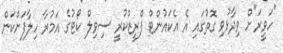
"ހަވީރަ"ށް ވިދާޅުވި ގޮތުގައި އެ އެކައުންޓް ފްރީޒްކުރީ ސިވިލް ކޯޓުގެ އަމުރާ ހިލާފަށްކަން